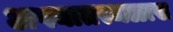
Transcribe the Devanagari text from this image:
अपघातस्थळास